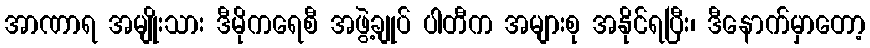
အာဏာရ အမျိုးသား ဒီမိုကရေစီ အဖွဲ့ချုပ် ပါတီက အများစု အနိုင်ရပြီး၊ ဒီနောက်မှာတော့